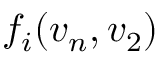
f _ { i } ( v _ { n } , v _ { 2 } )